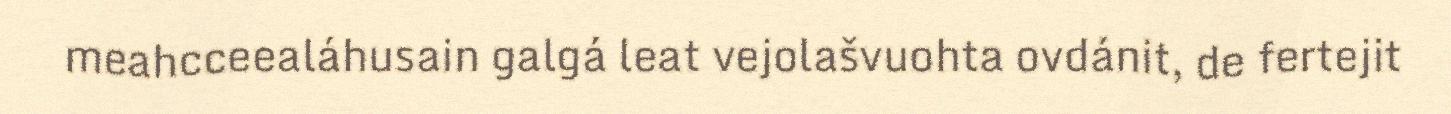
meahcceealáhusain galgá leat vejolašvuohta ovdánit, de fertejit